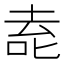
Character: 唟